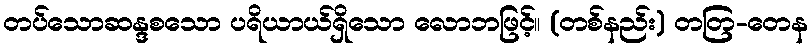
တပ်သောဆန္ဒစသော ပရိယာယ်ရှိသော လောဘဖြင့်။ (တစ်နည်း) တတြ-တေန